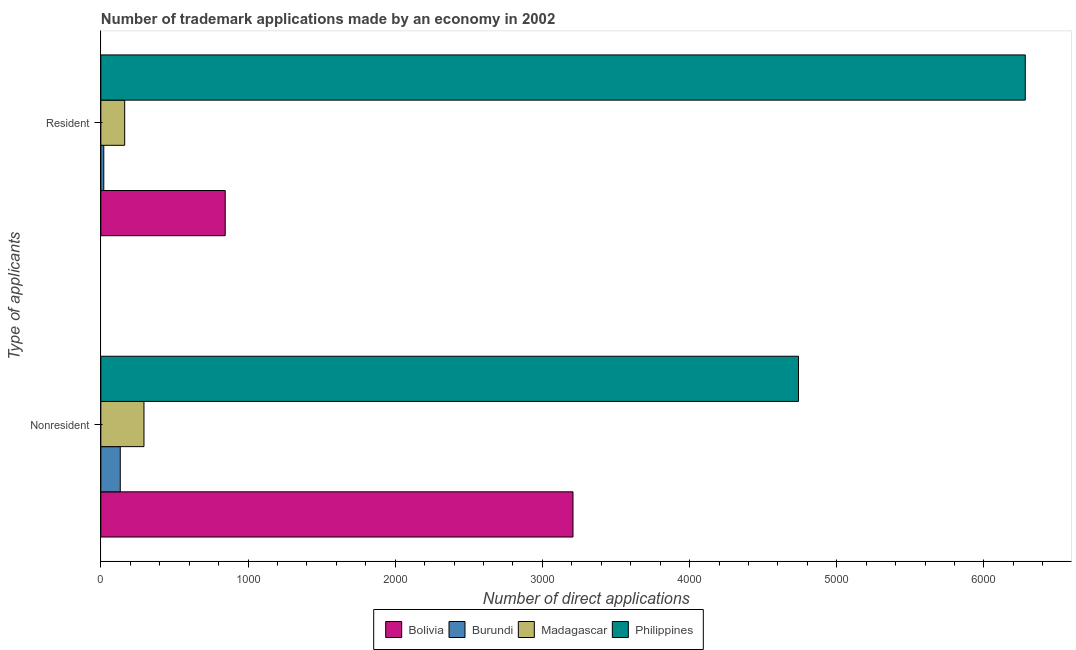
| Type of applicants | Bolivia | Burundi | Madagascar | Philippines |
 | --- | --- | --- | --- | --- |
 | Nonresident | 3.21e+03 | 132 | 293 | 4.74e+03 |
 | Resident | 845 | 20 | 162 | 6.28e+03 |